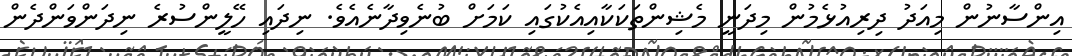
އިންސާނުން މިއަދު ދިރިއުޅެމުން މިދަނީ މެޝިންތަކަކާއިއެކުގައި ކަމަށް ބުނެވިދާނެއެވެ. ނިދައި ހޭލީންސުރެ ނިދަންވަންދެން